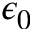
\epsilon _ { 0 }